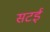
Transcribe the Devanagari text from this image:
सटई